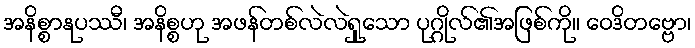
အနိစ္စာနုပဿီ၊ အနိစ္စဟု အဖန်တစ်လဲလဲရှုသော ပုဂ္ဂိုလ်၏အဖြစ်ကို။ ဝေဒိတဗ္ဗော၊